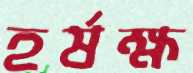
হর্ষক্ষ